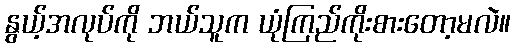
နွယ့်အလုပ်ကို ဘယ်သူက ယုံကြည်ကိုးစားတော့မလဲ။